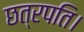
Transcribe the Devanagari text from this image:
छत्रपति।